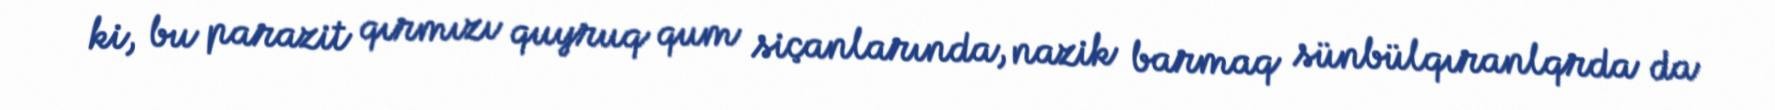
ki, bu parazit qırmızı quyruq qum siçanlarında, nazik barmaq sünbülqıranlqrda da